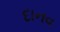
દાનવ